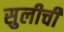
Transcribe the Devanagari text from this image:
सुलीची